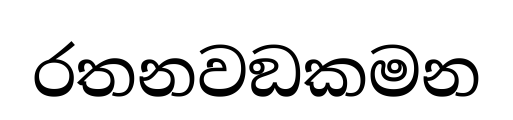
රතනවඞකමන